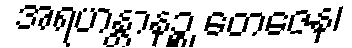
အရဟန္တာနဉ္စ တေဇေန၊